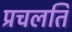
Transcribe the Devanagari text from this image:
प्रचलति